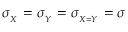
\sigma _ { _ X } = \sigma _ { _ { Y } } = \sigma _ { _ { X = Y } } = \sigma